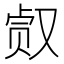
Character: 𰇀